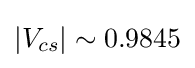
|V_{cs}|\sim 0.9845